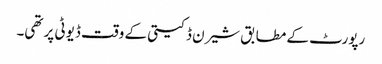
رپورٹ کے مطابق شیرن ڈکیتی کے وقت ڈیوٹی پر تھی۔